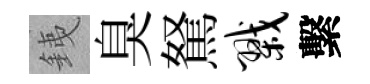
銕臭駑戮繫